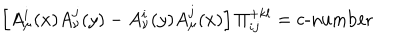
LaTeX: \left[ A _ { \mu } ^ { i } ( x ) A _ { \nu } ^ { j } ( y ) - A _ { \nu } ^ { i } ( y ) A _ { \mu } ^ { j } ( x ) \right] \Pi _ { i j } ^ { + k l } = \mathrm { c - n u m b e r }